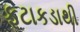
ફટાકડાથી